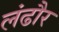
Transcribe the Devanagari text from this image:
लंढौर